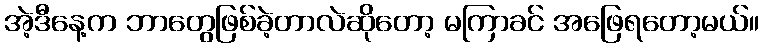
အဲ့ဒီနေ့က ဘာတွေဖြစ်ခဲ့တာလဲဆိုတော့ မကြာခင် အဖြေရတော့မယ်။